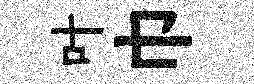
叶巾